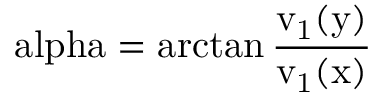
\mathrm { \ a l p h a = \arctan \frac { v _ { 1 } ( y ) } { v _ { 1 } ( x ) } }